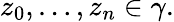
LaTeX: z_{0},\ldots,z_{n}\in\gamma.